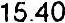
15.40